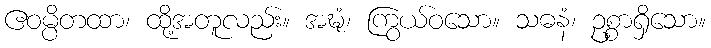
ဧဝမ္ပိတထာ၊ ထို့အတူလည်း။ အဍ္ဎံ၊ ကြွယ်ဝသော။ သဓနံ၊ ဥစ္စာရှိသော။